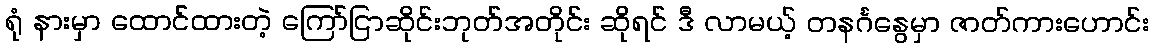
ရုံ နားမှာ ထောင်ထားတဲ့ ကြော်ငြာဆိုင်းဘုတ်အတိုင်း ဆိုရင် ဒီ လာမယ့် တနင်္ဂနွေမှာ ဇာတ်ကားဟောင်း